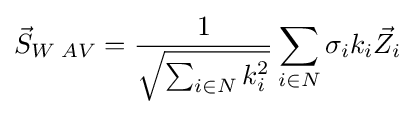
{\vec {S}}_{W\;AV}={\frac {1}{\sqrt {\sum _{i\in N}k_{i}^{2}}}}\sum _{i\in N}\sigma _{i}k_{i}{\vec {Z}}_{i}